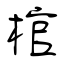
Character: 棺